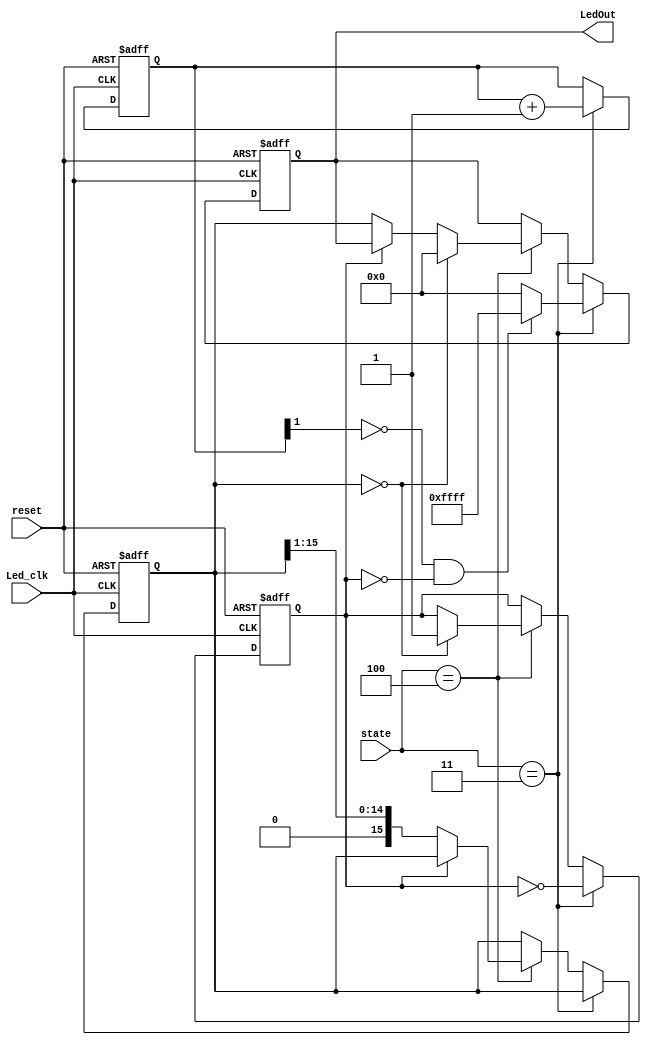
module LedShow(LedOut, state, Led_clk, reset);
output reg [15:0] LedOut;
input [2:0] state;
input Led_clk, reset;
reg flag; 
reg [1:0]counter;
reg [15:0]pos;
always @(posedge Led_clk or negedge reset)
begin
    if(!reset)
    begin
        LedOut <= 16'b0;
        flag <= 0;
        counter <= 0;
        pos <= 16'h8000;
    end
    else
    begin
        if(state == 3'b011)
        begin
            if(!counter[1] && !flag)
                LedOut <= 16'hffff;
            else
                LedOut <= 16'h0000;
            flag <= ~flag;
            counter <= counter + 1;
        end
        else if(state == 3'b100)
        begin
            if(!flag)
            begin
                LedOut <= pos;
                pos <= pos >> 1;
            end
            if(pos == 16'h0000)
            begin
                LedOut <= 16'h0000;
                flag <= 1;
            end
        end
    end
end
endmodule